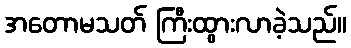
အတောမသတ် ကြီးထွားလာခဲ့သည်။